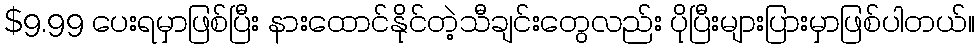
$9.99 ပေးရမှာဖြစ်ပြီး နားထောင်နိုင်တဲ့သီချင်းတွေလည်း ပိုပြီးများပြားမှာဖြစ်ပါတယ်။